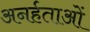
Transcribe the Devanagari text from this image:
अनर्हताओं